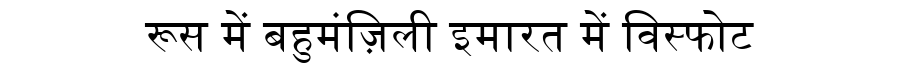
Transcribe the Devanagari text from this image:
रूस में बहुमंज़िली इमारत में विस्फोट